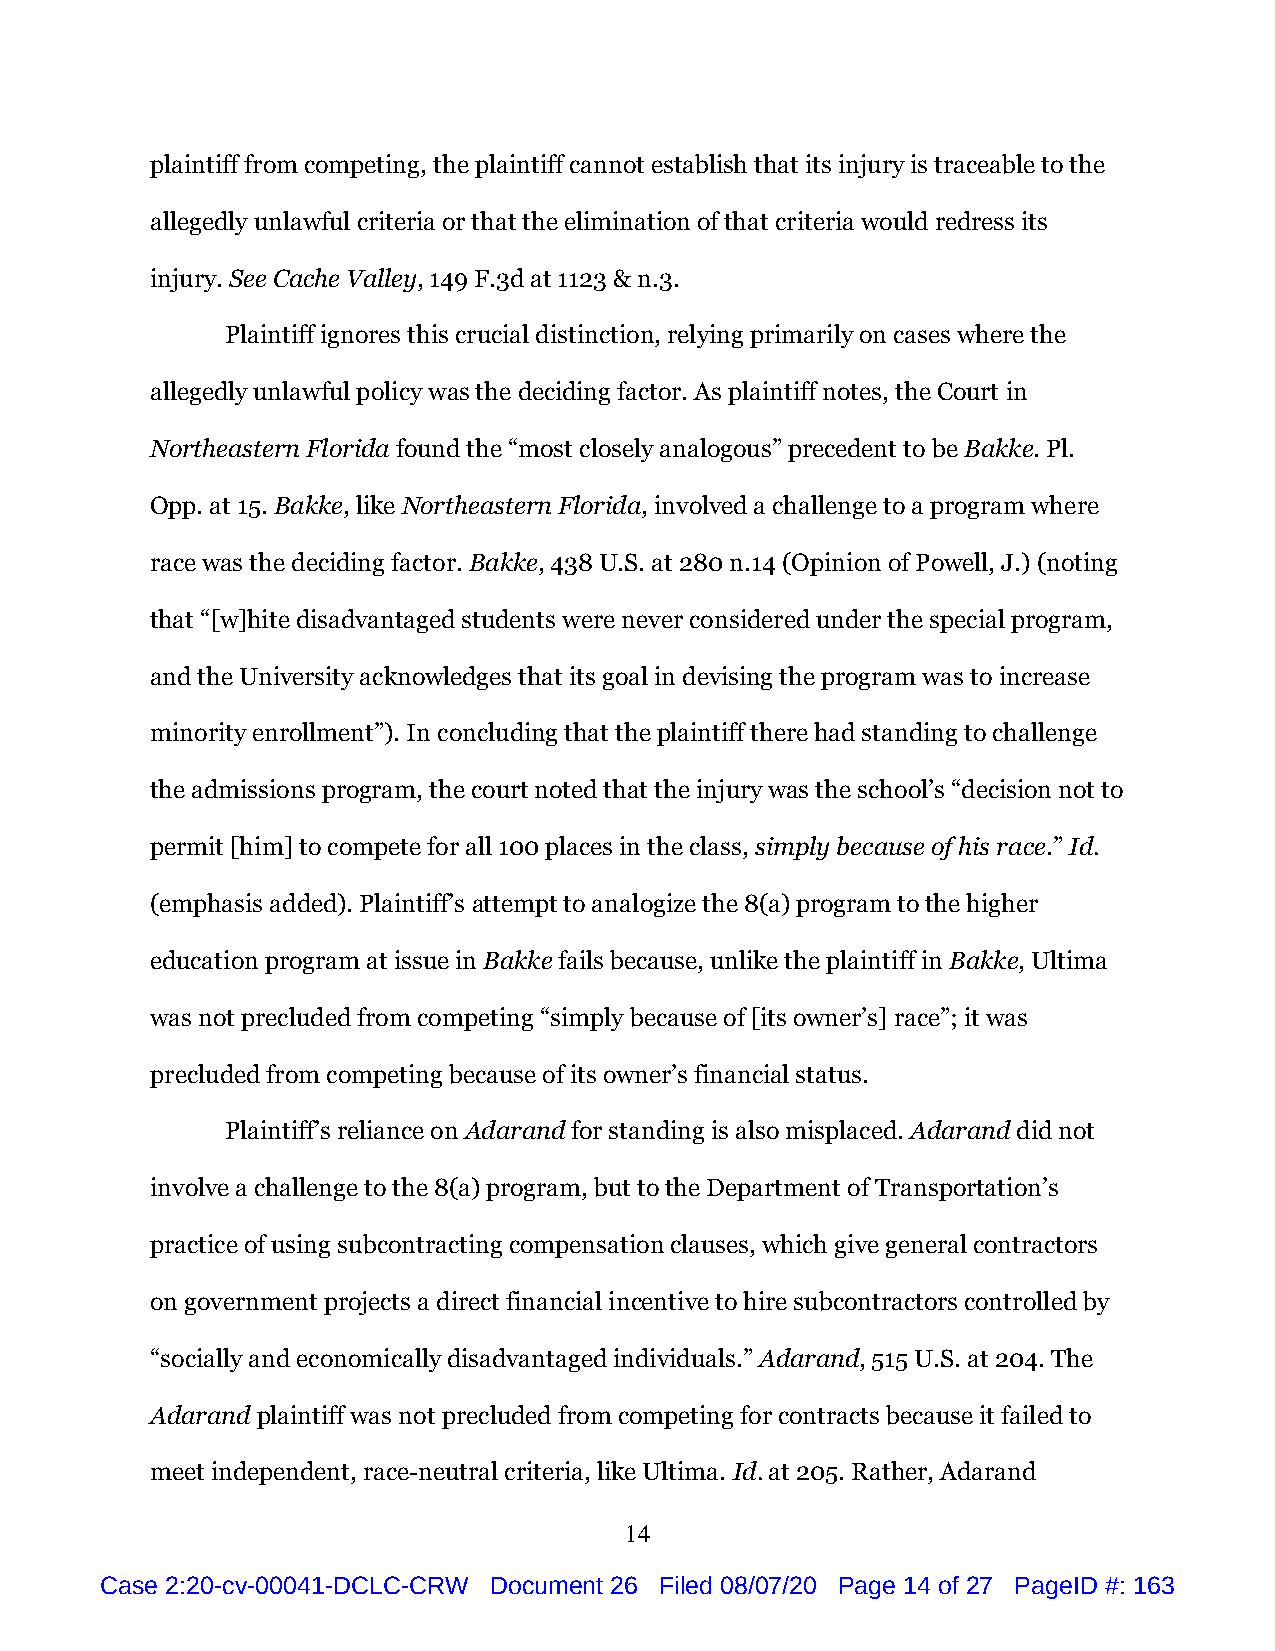
plaintiff from competing, the plaintiff cannot establish that its injury is traceable to the
 allegedly unlawful criteria or that the elimination of that criteria would redress its
 injury. See Cache Valley, 149 F.3d at 1123 & n.3.
 Plaintiff ignores this crucial distinction, relying primarily on cases where the
 allegedly unlawful policy was the deciding factor. As plaintiff notes, the Court in
 Northeastern Florida found the “most closely analogous” precedent to be Bakke. Pl.
 Opp. at 15. Bakke, like Northeastern Florida, involved a challenge to a program where
 race was the deciding factor. Bakke, 438 U.S. at 280 n.14 (Opinion of Powell, J.) (noting
 that “[w]hite disadvantaged students were never considered under the special program,
 and the University acknowledges that its goal in devising the program was to increase
 minority enrollment”). In concluding that the plaintiff there had standing to challenge
 the admissions program, the court noted that the injury was the school’s “decision not to
 permit [him] to compete for all 100 places in the class, simply because of his race.” Id.
 (emphasis added). Plaintiff’s attempt to analogize the 8(a) program to the higher
 education program at issue in Bakke fails because, unlike the plaintiff in Bakke, Ultima
 was not precluded from competing “simply because of [its owner’s] race”; it was
 precluded from competing because of its owner’s financial status.
 Plaintiff’s reliance on Adarand for standing is also misplaced. Adarand did not
 involve a challenge to the 8(a) program, but to the Department of Transportation’s
 practice of using subcontracting compensation clauses, which give general contractors
 on government projects a direct financial incentive to hire subcontractors controlled by
 “socially and economically disadvantaged individuals.” Adarand, 515 U.S. at 204. The
 Adarand plaintiff was not precluded from competing for contracts because it failed to
 meet independent, race-neutral criteria, like Ultima. Id. at 205. Rather, Adarand
 14
 Case 2:20-cv-00041-DCLC-CRW Document 26 Filed 08/07/20 Page 14 of 27 PageID #: 163